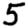
Digit: 5